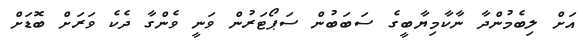
އަށް ލިބެމުންދާ ނާކާމިޔާބީގެ ސަބަބުން ސަޕޯޓަރުން ވަނީ ވެންގާ ދެކެ ވަރަށް ބޮޑަށް